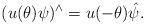
LaTeX: \begin{align*} (u(\theta) \psi)^{\wedge} = u(-\theta) \hat{\psi}. \end{align*}